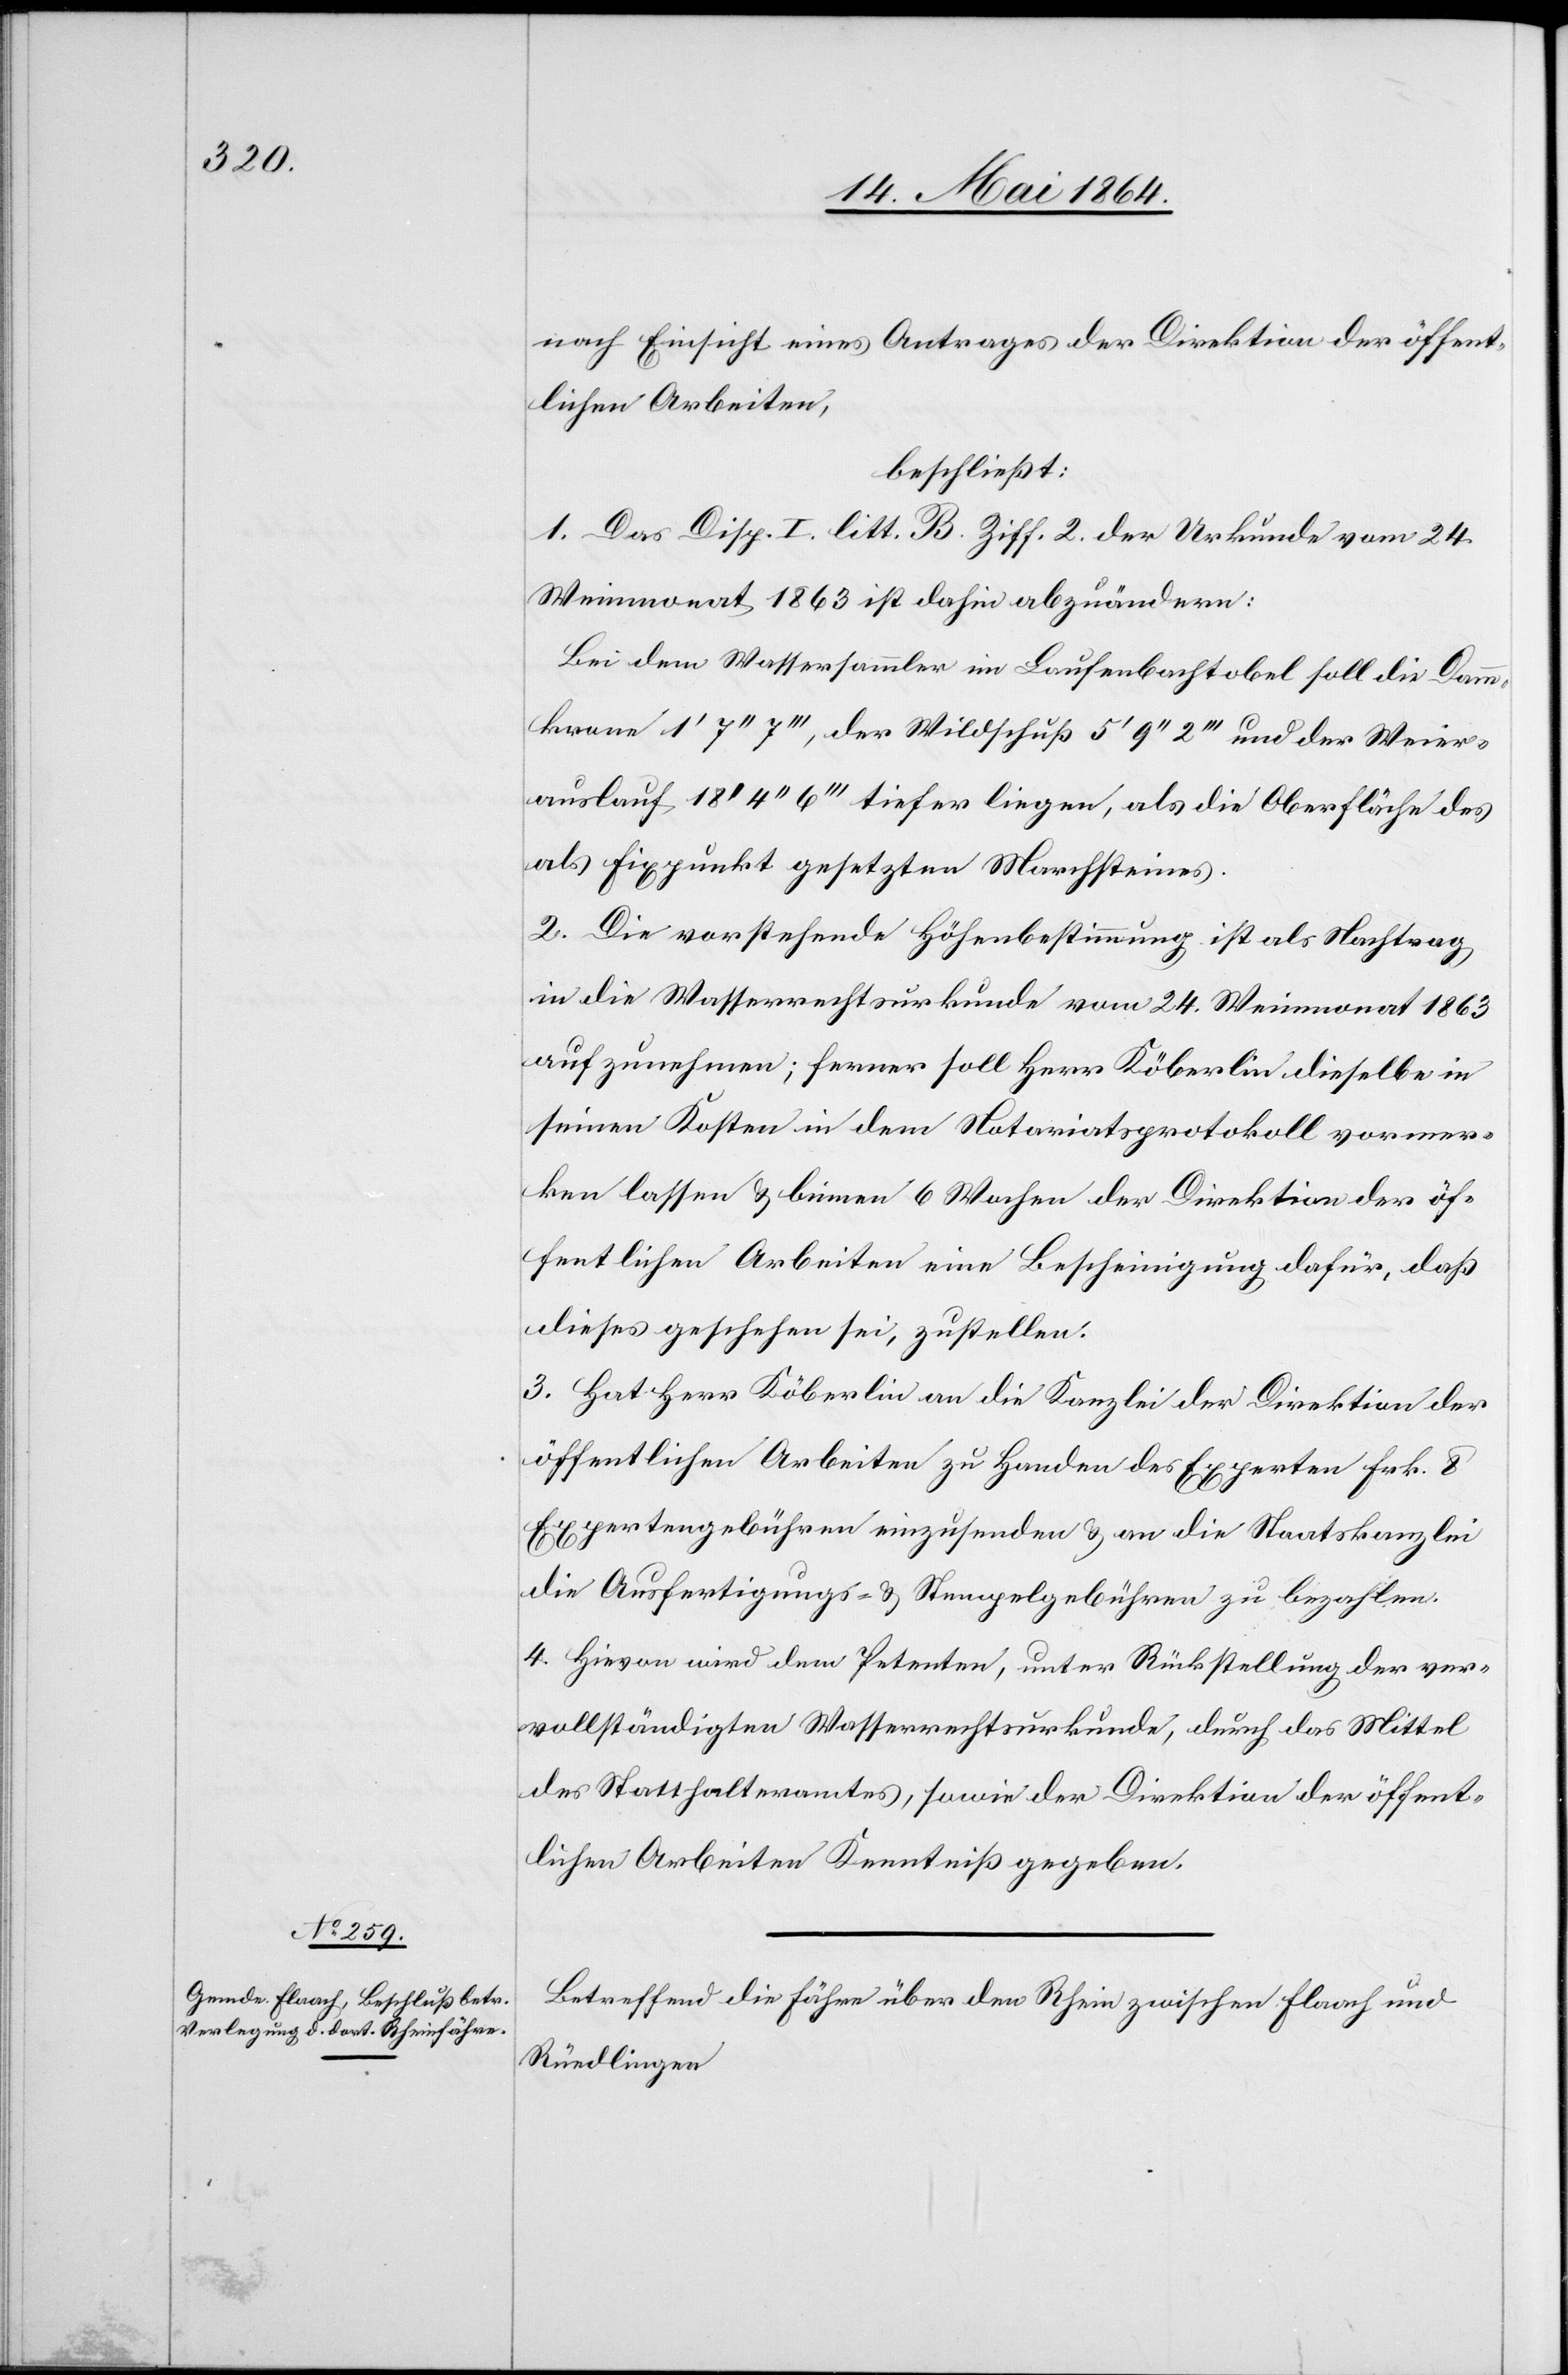
des

nach Einsicht eines Antrages der Direktion der öffent¬
lichen Arbeiten,
beschließt:
1. Das Disp. I. litt. B. Ziff. 2. der Urkunde vom 24.
Weinmonat 1863 ist dahin abzuändern:
Bei dem Wassersammler im Laufenbachtobel soll die Dammk¬
als Fixpunkt gesetzten Marchsteins.
2. Die vorstehende Höhenbestimmung ist als Nachtrag
in die Wasserrechtsurkunde vom 24. Weinmonat 1863
aufzunehmen; ferner soll Herr Köberlin dieselbe in
seinen Kosten in dem Notariatsprotokoll vormer¬
ken lassen u. binnen 6 Wochen der Direktion der öf¬
fentlichen Arbeiten eine Bescheinigung dafür, daß
dieses geschehen sei, zustellen.
3. Hat Herr Köberlin an die Kanzlei der Direktion der
öffentlichen Arbeiten zu Handen des Experten Frk. 8
Expertengebühren einzusenden u. an die Staatskanzlei
die Ausfertigungs- u. Stempelgebühren zu bezahlen.
4. Hievon wird dem Petenten, unter Rückstellung der ver¬
vollständigten Wasserrechtsurkunde, durch das Mittel
des Statthalteramtes, sowie der Direktion der öffent¬
lichen Arbeiten Kenntniß gegeben.
Betreffend die Fähre über den Rhein zwischen Flaach und
Rüedlingen